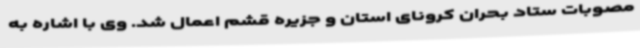
مصوبات ستاد بحران کرونای استان و جزیره قشم اعمال شد. وی با اشاره به